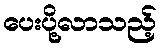
ပေးပို့လာသည့်